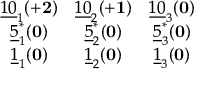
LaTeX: \begin{array} { c c c } { { \underline { { { 1 0 } } } _ { 1 } ( { \bf + 2 } ) } } & { { \underline { { { 1 0 } } } _ { 2 } ( { \bf + 1 } ) } } & { { \underline { { { 1 0 } } } _ { 3 } ( { \bf 0 } ) } } \\ { { \underline { { { 5 } } } _ { 1 } ^ { * } ( { \bf 0 } ) } } & { { \underline { { { 5 } } } _ { 2 } ^ { * } ( { \bf 0 } ) } } & { { \underline { { { 5 } } } _ { 3 } ^ { * } ( { \bf 0 } ) } } \\ { { \underline { { { 1 } } } _ { 1 } ( { \bf 0 } ) } } & { { \underline { { { 1 } } } _ { 2 } ( { \bf 0 } ) } } & { { \underline { { { 1 } } } _ { 3 } ( { \bf 0 } ) } } \end{array}